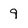
Character: 9